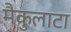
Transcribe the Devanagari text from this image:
मैकुलाटा